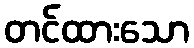
တင်ထားသော